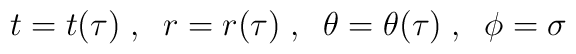
t=t(\tau)\;,\;\; r=r(\tau)\;,\;\; \theta=\theta(\tau)\;,\;\; \phi=\sigma